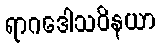
ရာဂဒေါသဝိနယာ